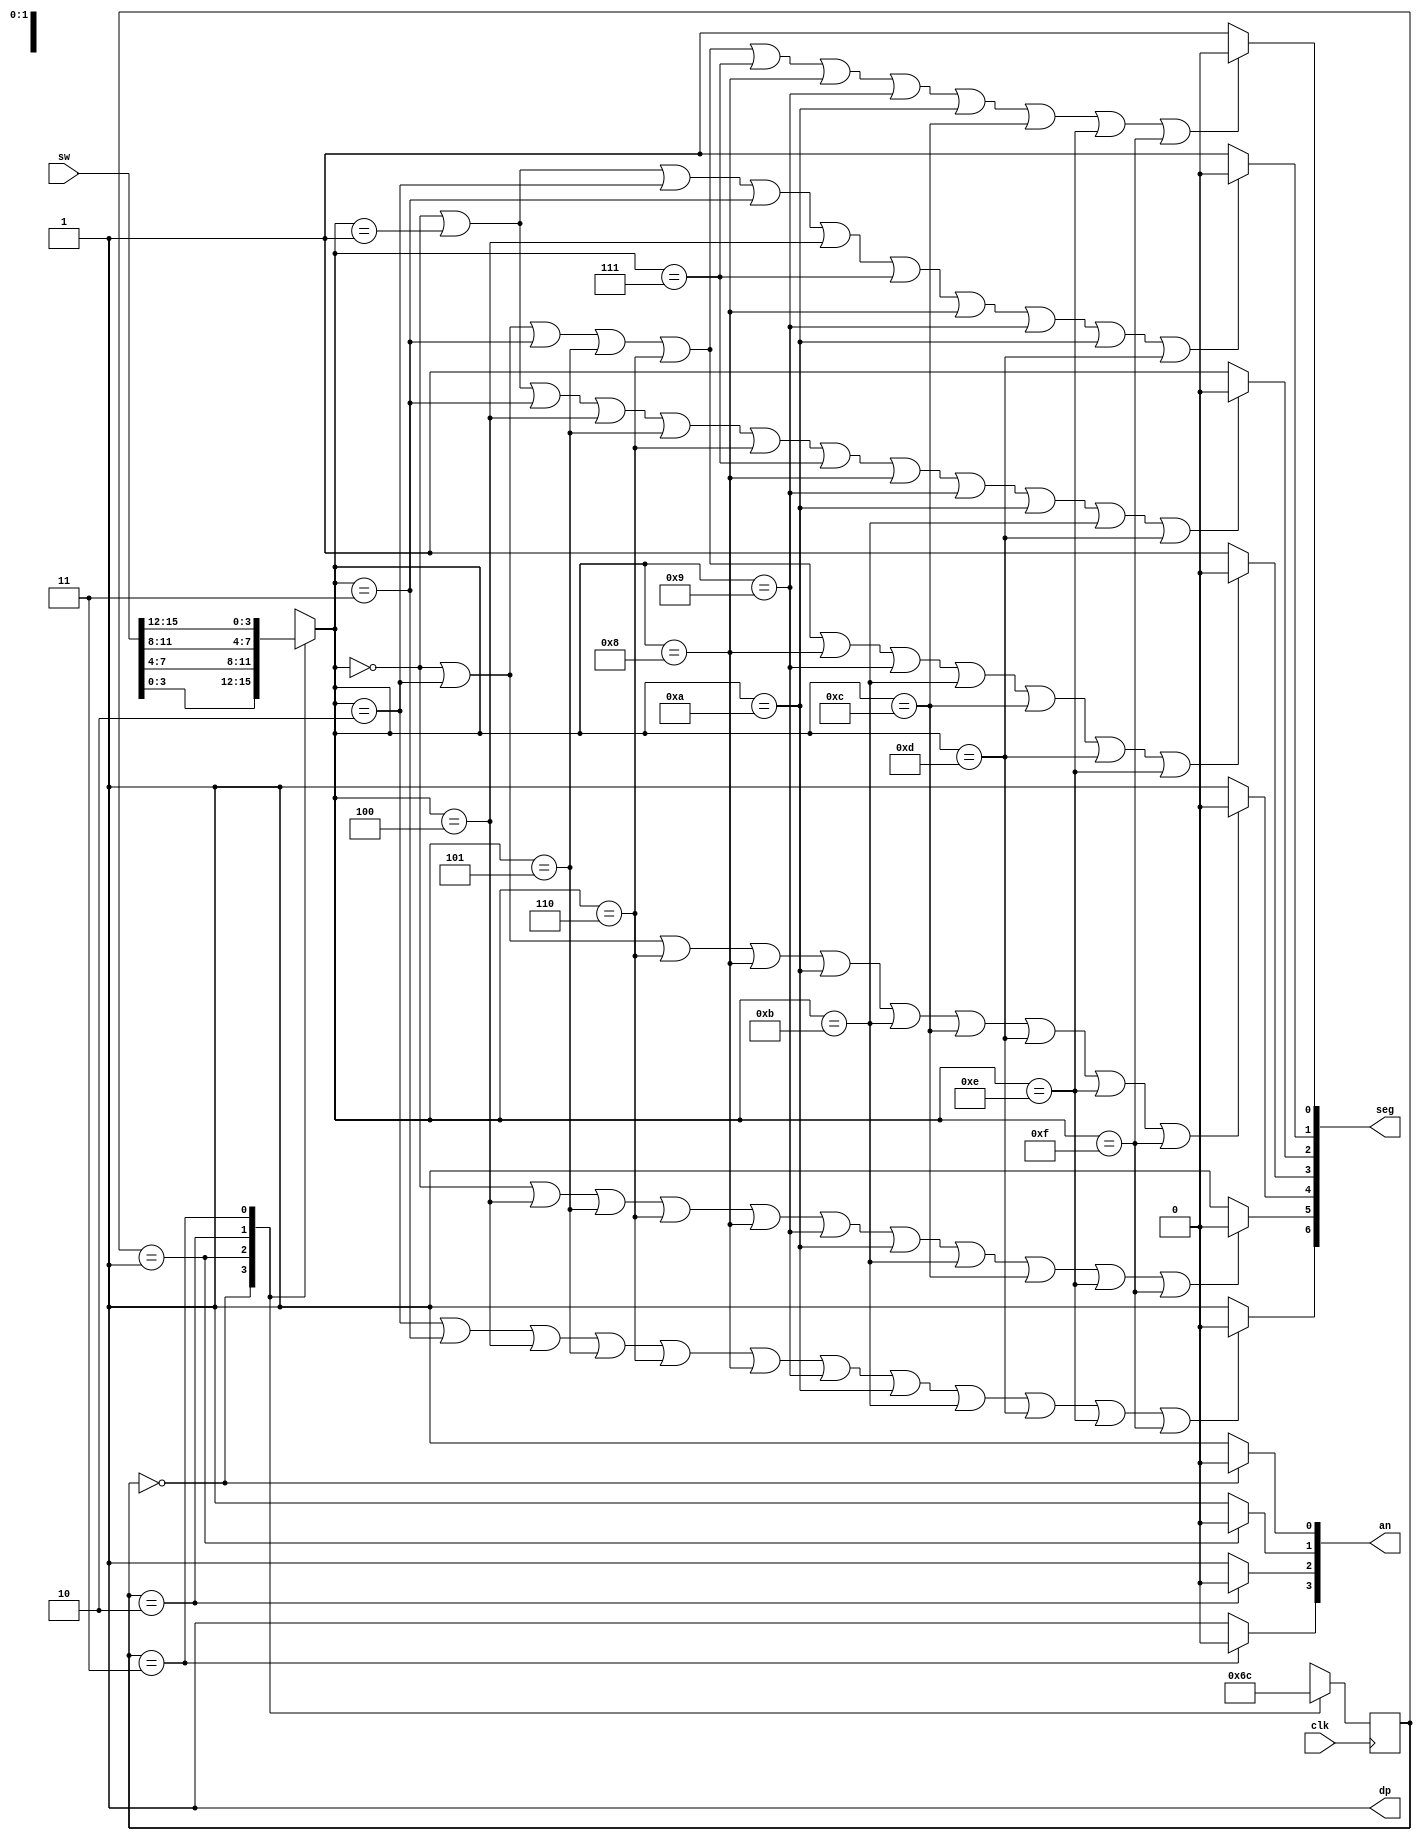
/*
   Module was made using paper:
   Coding And Scripting Techniques For FSM Designs With
   Synthesis-Optimized, Glitch-Free Outputs

   by Clifford E. Cummings    Sunburst Design, Inc.
*/
module bin_7segment(
    input           clk,  // clock working with 10kHz
    input   [15:0]  sw,   // switches (input)
    output  [6:0]   seg,  // individual segments of number
    output  [3:0]   an,   // anode to select character
    output          dp    // dot on 7segment display
    );

//-------------Internal Constants---------------------------
parameter SIZE = 2;
parameter [SIZE-1:0]    ONE     = 2'b00,
                        TWO     = 2'b01,
                        THREE   = 2'b10,
                        FOUR    = 2'b11;

reg [SIZE-1:0] state=ONE, next=TWO;
reg [3:0] nibble = 'b0 ;

//---------State register sequential always block-----------
always @(posedge clk ) begin
    state <= next;
end
//----Next state & outputs, combinational always block------

always@(state or sw)begin
  case(state)
    ONE : begin 
        next <= TWO;
        nibble <= sw[3:0]; 
    end
    TWO : begin
        next <= THREE;
        nibble <= sw[7:4];
    end
    THREE : begin 
        next <= FOUR;
        nibble <= sw[11:8];
    end
    FOUR : begin 
        next <= ONE;
        nibble <= sw[15:12];
    end
  endcase
end

  assign seg[6] = ( nibble == 4'h2 ||
                    nibble == 4'h3 ||
                    nibble == 4'h4 ||
                    nibble == 4'h5 ||
                    nibble == 4'h6 ||
                    nibble == 4'h8 ||
                    nibble == 4'h9 ||
                    nibble == 4'hA ||
                    nibble == 4'hB ||
                    nibble == 4'hD ||
                    nibble == 4'hE ||
                    nibble == 4'hF ) ? 1'b0 : 1'b1;
  assign seg[5] = ( nibble == 4'h0 ||
                    nibble == 4'h4 ||
                    nibble == 4'h5 ||
                    nibble == 4'h6 ||
                    nibble == 4'h8 ||
                    nibble == 4'h9 ||
                    nibble == 4'hA ||
                    nibble == 4'hB ||
                    nibble == 4'hC ||
                    nibble == 4'hE ||
                    nibble == 4'hF ) ? 1'b0 : 1'b1;
  assign seg[4] = ( nibble == 4'h0 ||
                    nibble == 4'h2 ||
                    nibble == 4'h6 ||
                    nibble == 4'h8 ||
                    nibble == 4'hA ||
                    nibble == 4'hB ||
                    nibble == 4'hC ||
                    nibble == 4'hD ||
                    nibble == 4'hE ||
                    nibble == 4'hF ) ? 1'b0 : 1'b1;
  assign seg[3] = ( nibble == 4'h0 ||
                    nibble == 4'h2 ||
                    nibble == 4'h3 ||
                    nibble == 4'h5 ||
                    nibble == 4'h6 ||
                    nibble == 4'h8 ||
                    nibble == 4'h9 ||
                    nibble == 4'hB ||
                    nibble == 4'hC ||
                    nibble == 4'hD ||
                    nibble == 4'hE ) ? 1'b0 : 1'b1;
  assign seg[2] = ( nibble == 4'h0 ||
                    nibble == 4'h1 ||
                    nibble == 4'h3 ||
                    nibble == 4'h4 ||
                    nibble == 4'h5 ||
                    nibble == 4'h6 ||
                    nibble == 4'h7 ||
                    nibble == 4'h8 ||
                    nibble == 4'h9 ||
                    nibble == 4'hA ||
                    nibble == 4'hB ||
                    nibble == 4'hD ) ? 1'b0 : 1'b1;
  assign seg[1] = ( nibble == 4'h0 ||
                    nibble == 4'h1 ||
                    nibble == 4'h2 ||
                    nibble == 4'h3 ||
                    nibble == 4'h4 ||
                    nibble == 4'h7 ||
                    nibble == 4'h8 ||
                    nibble == 4'h9 ||
                    nibble == 4'hA ||
                    nibble == 4'hD ) ? 1'b0 : 1'b1;
  assign seg[0] = ( nibble == 4'h0 ||
                    nibble == 4'h2 ||
                    nibble == 4'h3 ||
                    nibble == 4'h5 ||
                    nibble == 4'h6 ||
                    nibble == 4'h7 ||
                    nibble == 4'h8 ||
                    nibble == 4'h9 ||
                    nibble == 4'hA ||
                    nibble == 4'hC ||
                    nibble == 4'hE ||
                    nibble == 4'hF) ? 1'b0 : 1'b1;
  assign dp = 1'b1;     //dot

  assign an[0] = (state==ONE)   ? 1'b0 : 1'b1;   
  assign an[1] = (state==TWO)   ? 1'b0 : 1'b1;
  assign an[2] = (state==THREE) ? 1'b0 : 1'b1;
  assign an[3] = (state==FOUR)  ? 1'b0 : 1'b1;
  
endmodule